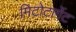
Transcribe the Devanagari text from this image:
मिटोटार्गेट